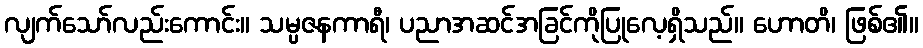
လျက်သော်လည်းကောင်း။ သမ္ပဇနကာရီ၊ ပညာအဆင်အခြင်ကိုပြုလေ့ရှိသည်။ ဟောတိ၊ ဖြစ်၏။